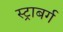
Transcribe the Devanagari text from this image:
स्ट्राबर्ग